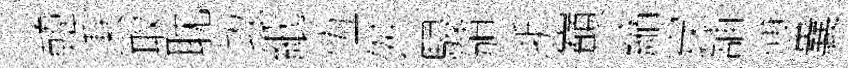
韓秉冣耽攻紙恆舛駸頒浙巔縮穿舖博囊